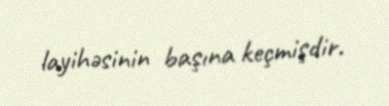
layihəsinin başına keçmişdir.